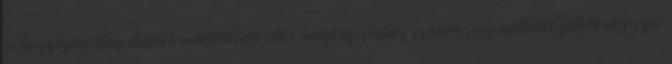
a hozzájárulás direkt marketing célú megkereséshez szövegrész melletti jelölőnégyzet